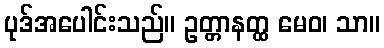
ပုဒ်အပေါင်းသည်။ ဥတ္တာနတ္ထ မေဝ၊ သာ။